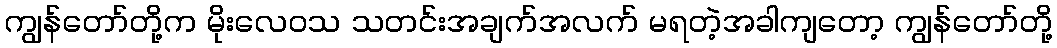
ကျွန်တော်တို့က မိုးလေဝသ သတင်းအချက်အလက် မရတဲ့အခါကျတော့ ကျွန်တော်တို့